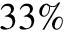
3 3 \%